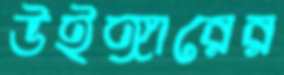
উইঙ্গারের